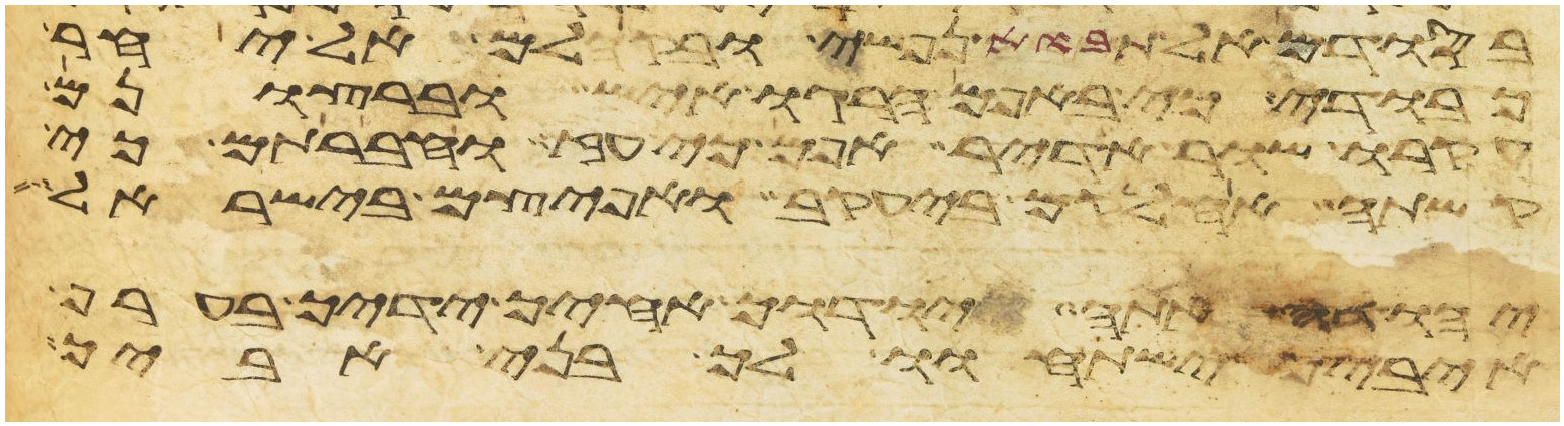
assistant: בסודם אל תבוא נפשי ובקהלם אל יחר
כבודי כי באפם הרגו איש וברצונם
עקרו שור אדיר אפם כי עז וחברתם כי
קשתה אחלקם ביעקב ואפיצם בישראל
יהודה אתה יודך אחיך ידיך בערף
איביך ישתחוו לך בני אביך